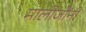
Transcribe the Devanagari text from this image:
मालोजींनी